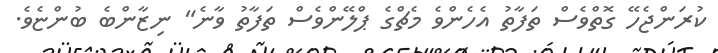
ކުރަންޖެހޭ ގޮތްވެސް ތަފާތު އެހެންވެ މެޗްގެ ޕްލޭންވެސް ތަފާތު ވާނެ" ނިޒާންބެ ބުންޏެވެ.